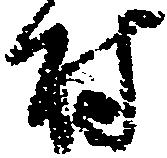
村